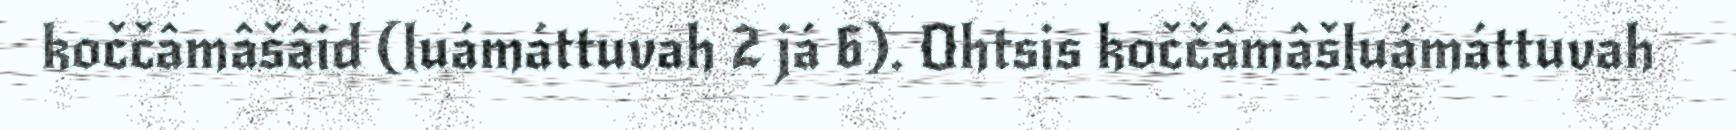
koččâmâšâid (luámáttuvah 2 já 6). Ohtsis koččâmâšluámáttuvah